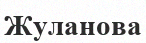
Жуланова